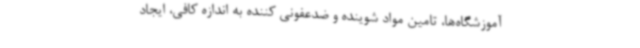
آموزشگاه‌ها، تامین مواد شوینده و ضدعفونی کننده به اندازه کافی، ایجاد